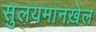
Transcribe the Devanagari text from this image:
सुलयमानख़ेल